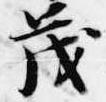
茂